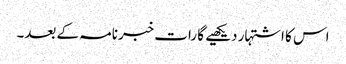
اس کا اشتہار دیکھیے گا رات خبرنامہ کے بعد۔